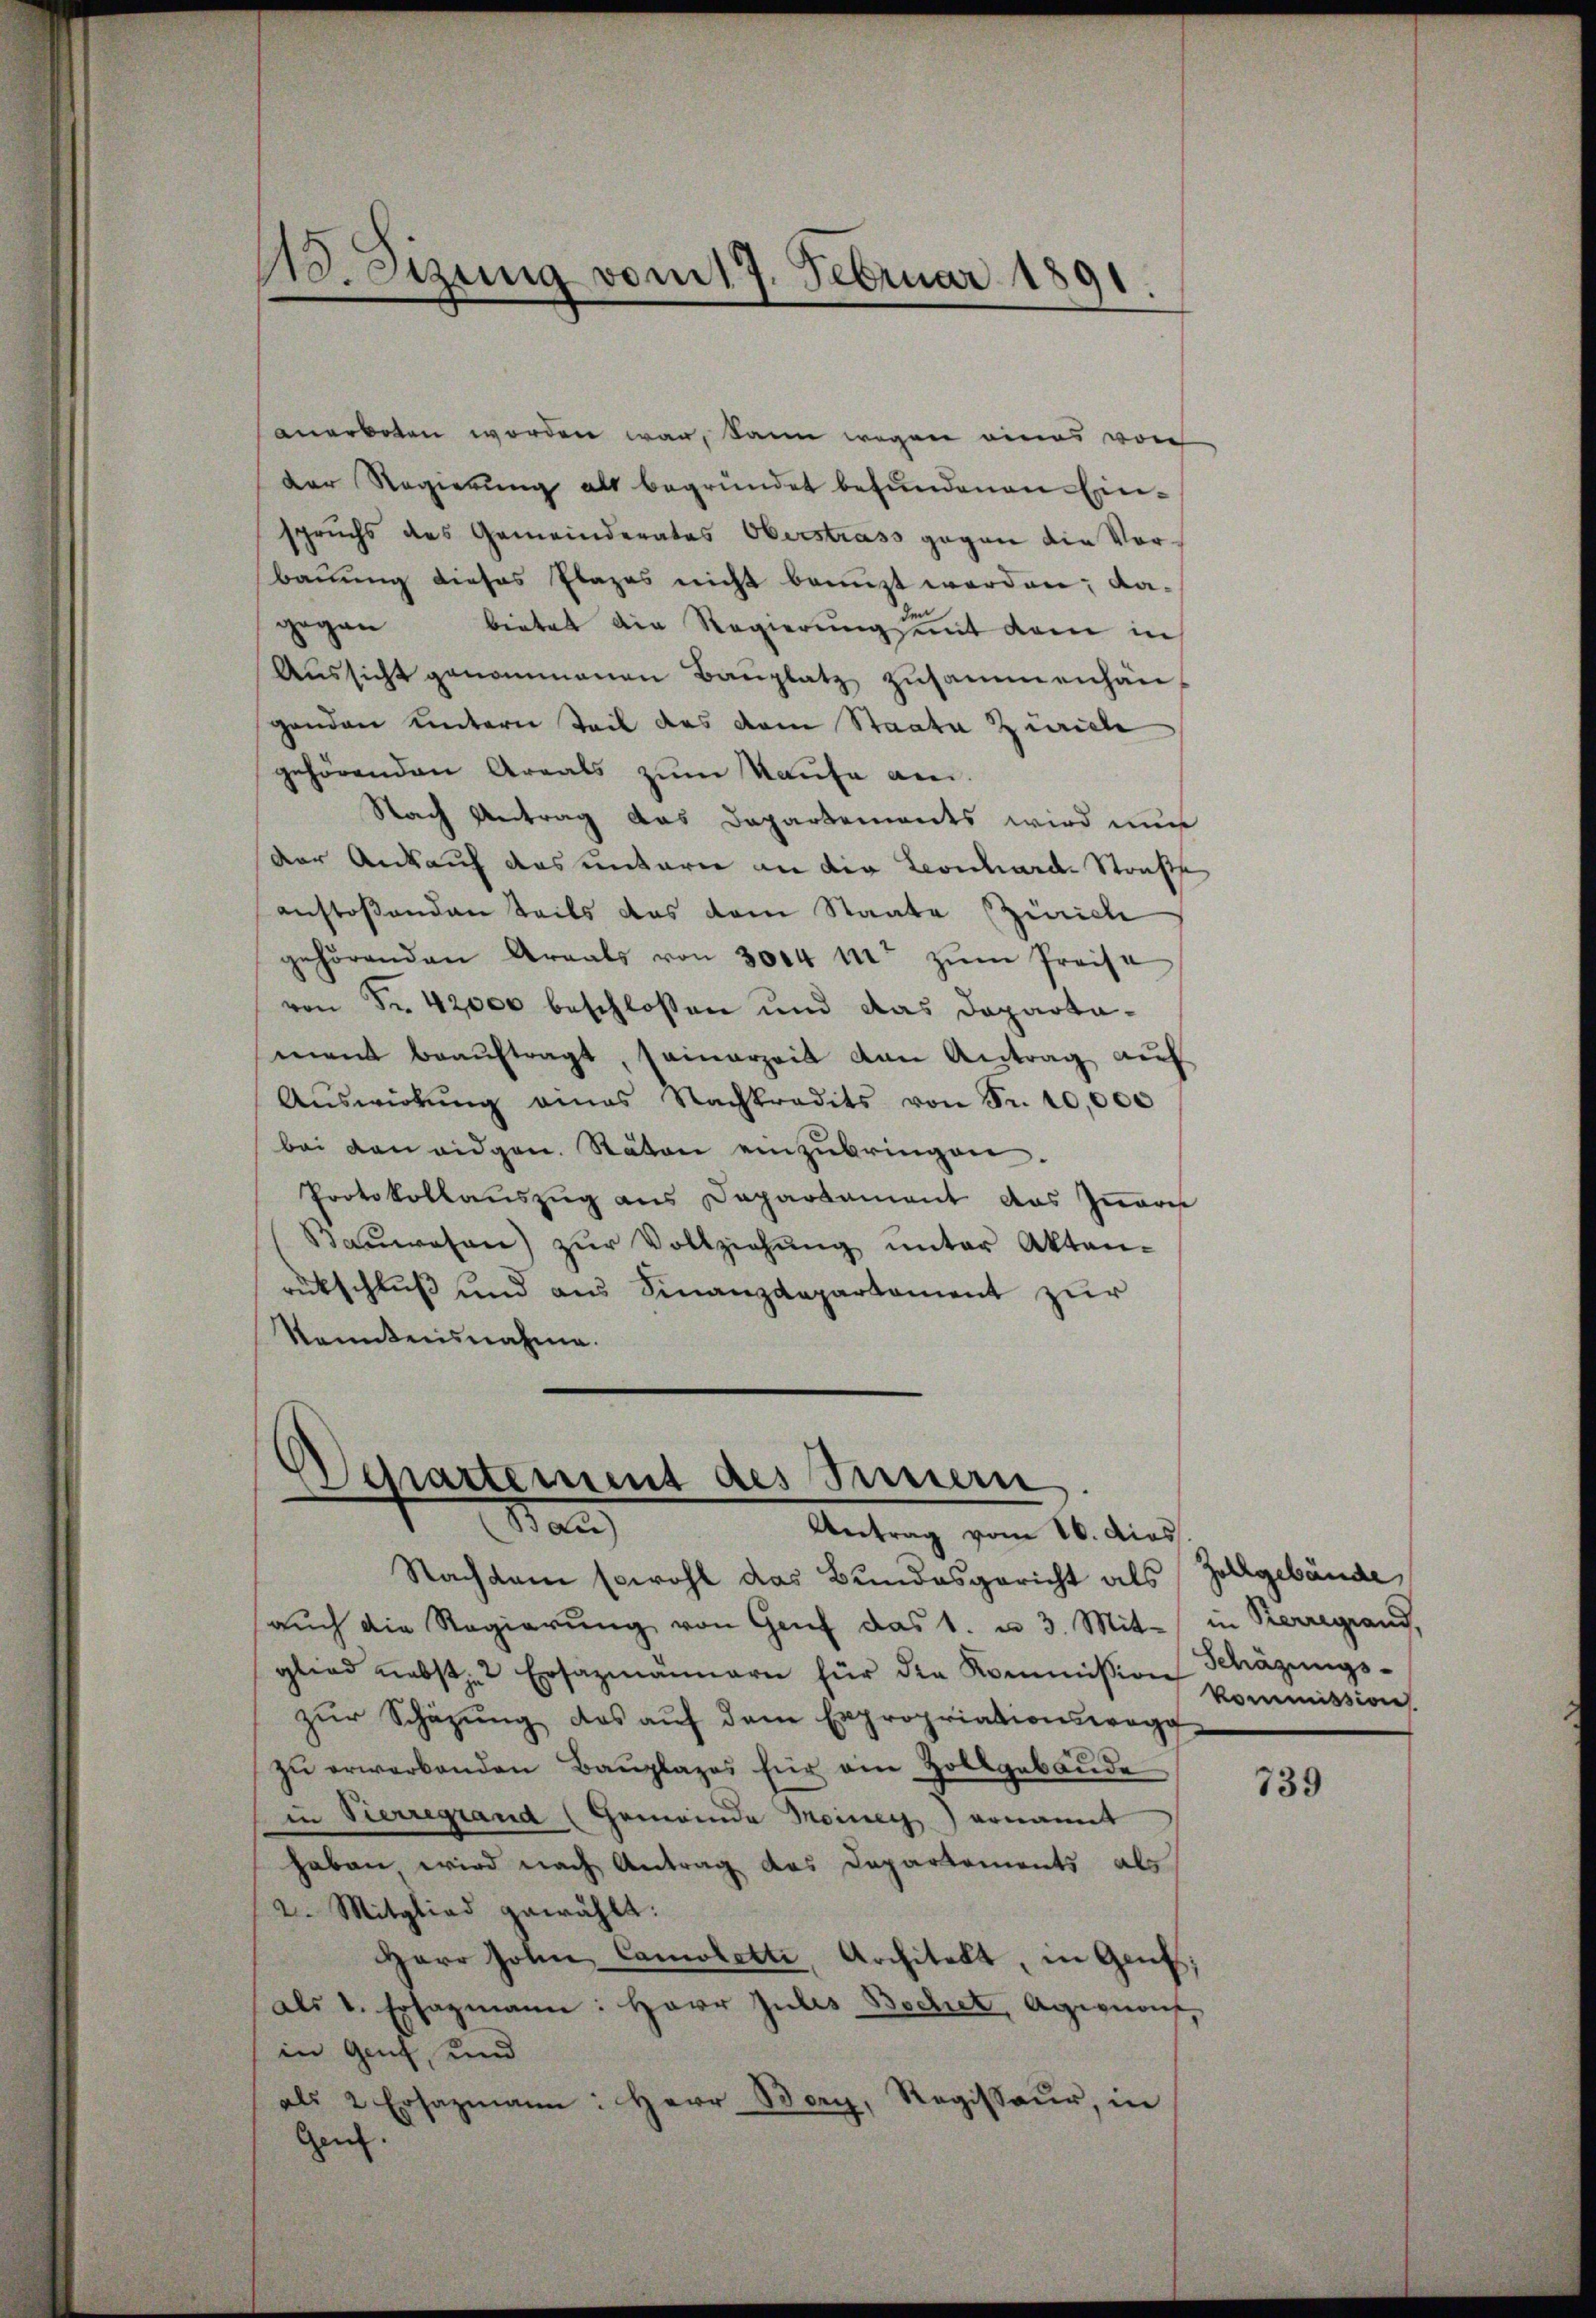
Mo. Sizung vom 17. Februar 1891.

anerboten worden war, kann wegen eines von
der Regierung als begründet befundenen Einspruchs des Gemeinderates Oberstrass gegen die Vorbauung dieses Plazes nicht benuzt werden; damt
gegen bietet die Regierung mit dem in
Aŭssicht genommenen Baŭplatz zusammenhänganden untern Teil das dem Staate Zürich
gehörenden Areals zum Kaufe an.
Nach Antrag das Dapartements wird nun
der Ankauf das untern an die Leonhard-Straße
anstoßenden Teils das vom Staate Zürich
gehörenden Araals von 3004 mit zŭm Preise
von Fr. 42000 beschloßen und das Departamant beaŭftragt, seinerzeit von Antrag auf
Aŭswirkŭng eines Nachtradits von Fr. 10,000
bei den eidgen. Stäten einzŭbringen.
Protokollauszug aus Departement das Innerei
Baŭwesen) zŭr Vollziehung unter Akten-
rückschluß und aus Finanzdepartement zur
kanntensnahme.

.
Schrattement des Sinnern
Man
Antrag vom 16. dies

Nachdem sowohl das Bundesgericht als Zollgebäude,
aŭch die Regierŭng von Genf das 1. u. 3. Mit in Kerregrand,
glied nebst Ersazmännern für die Kommission Schäzŭngs-
zŭr Schäzŭng des aŭf dem Expropriationswege
zŭ erwarbenden Baŭplazes für ein Zollgebäŭde
in Vierregrand (Gemeinde Meiner ernannt
haben wird nach Antrag des Departements als
2. Mitglied gewählt:
Herr Johnne, Camoletti, Architelt, in Gauts
als v. Erhagmann: Herr Julis Bechet, Agienauf,
in Genf, und
als 2 Ersazmann: Herr Bary, Regisseur, in
Gen.

Kommission

739